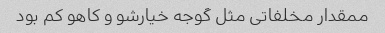
ممقدار مخلفاتی مثل گوجه خیارشو و کاهو کم بود